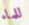
للماء